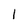
Character: 1